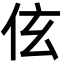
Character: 伭